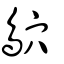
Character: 鴧